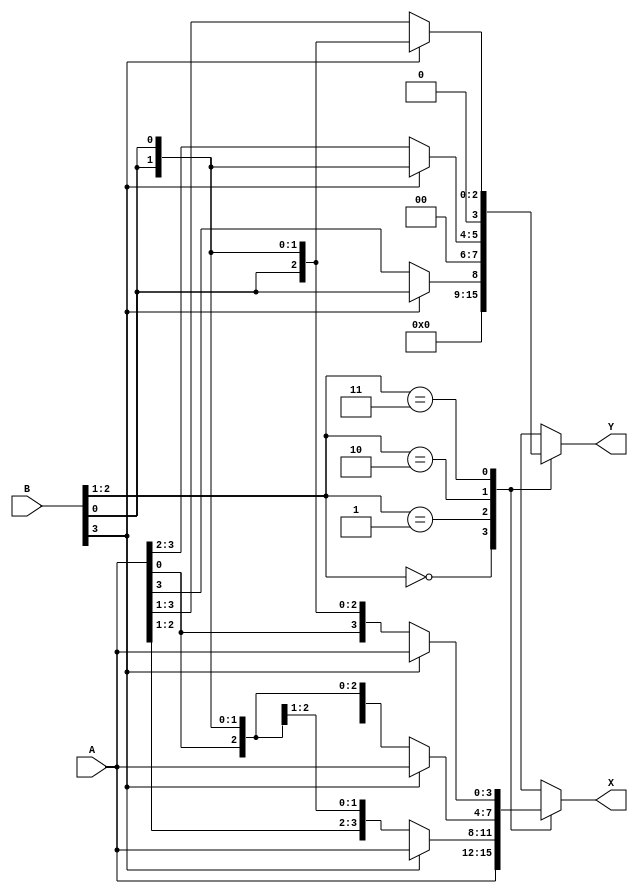
module shifter_4b(
    input wire [3:0] A,  //first 4-bit input, number to be shifted
    input wire [3:0] B,  //second 4-bit input, number that determines shift
    output reg [3:0] X,  //4-bit shifted result
    output reg [3:0] Y   //4-bit number that was shifted out
);
    always @(*) begin
        X = A;          //assign X to the original value
        Y = 4'b0000;    //assign Y to 0000 to take in shifted out bits from X

        case (B[2:1])
            2'b00: begin
                //no shift
                X = A;
                Y = 4'b0000;
            end
            2'b01: begin
                //shift by 1
                if (B[3]) begin //right shift
                    X = A;
                    Y = {3'b000, B[0]};
                end else begin //left shift
                    X = {A[2:0], B[0]};
                    Y = {3'b000, A[3]};
                end
            end
            2'b10: begin
                //shift by 2
                if (B[3]) begin //right shift
                    X = A;
                    Y = {2'b00, B[0], B[0]};
                end else begin //left shift
                    X = {A[1:0], B[0], B[0]};
                    Y = {2'b00, A[3:2]};
                end
            end
            2'b11: begin
                //shift by 3
                if (B[3]) begin //right shift
                    X = A;
                    Y = {1'b0, B[0], B[0], B[0]};
                end else begin //left shift
                    X = {A[0], B[0], B[0], B[0]};
                    Y = {1'b0, A[3:1]};
                end
            end
        endcase
    end
endmodule